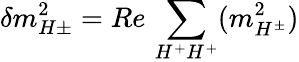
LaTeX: \delta m_{H\pm}^{2}=Re\, \sum_{H^{+}H^{+}}(m_{H^{\pm}}^{2})